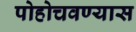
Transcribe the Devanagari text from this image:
पोहोचवण्यास